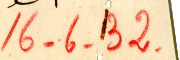
16.6.32.